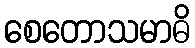
စေတောသမာဓိ